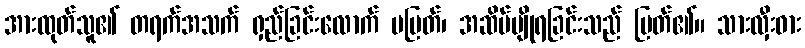
အားထုတ်သူ၏ တရက်အသက် ရှည်ခြင်းလောက် မမြတ်၊ အဆိပ်မျိုရခြင်းသည် မြတ်၏။ သားလှီးဓား